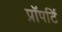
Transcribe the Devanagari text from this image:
प्रॉपर्टि